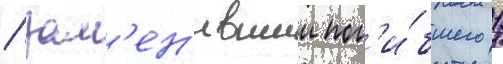
/ зам'ен'ившии пог'и́бшего 1